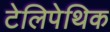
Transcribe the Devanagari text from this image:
टेलिपेथिक